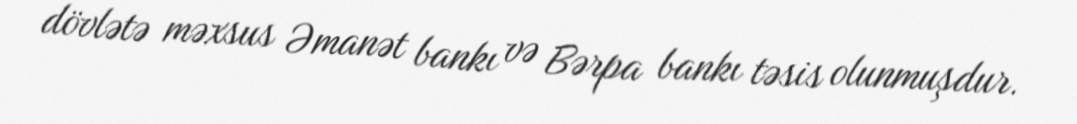
dövlətə məxsus Əmanət bankı və Bərpa bankı təsis olunmuşdur.